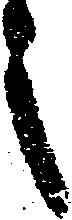
之